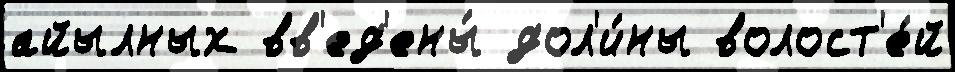
айылных вв'ед'ены́ дол'и́ны волост'е́й